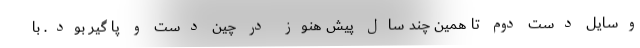
وسایل دست دوم تا همین چند سال پیش هنوز در چین دست و پا گیر بود. با